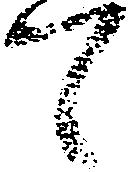
て